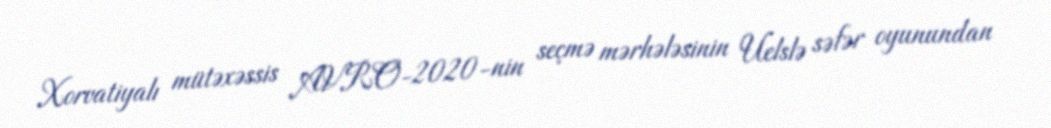
Xorvatiyalı mütəxəssis AVRO-2020-nin seçmə mərhələsinin Uelslə səfər oyunundan